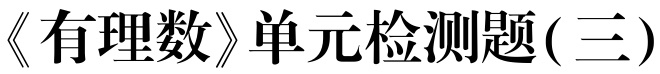
《有理数》单元检测题(三)